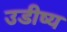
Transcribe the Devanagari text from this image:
उडीष्य